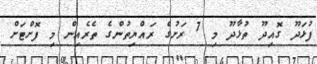
ފުޅަދޫ ގޮއިދޫ ތުޅާދޫ މި 7 ރަށުގެ ރައްޔިތުންގެ ތެރެއިން މި ފޮށްޓަށް